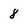
Character: 8